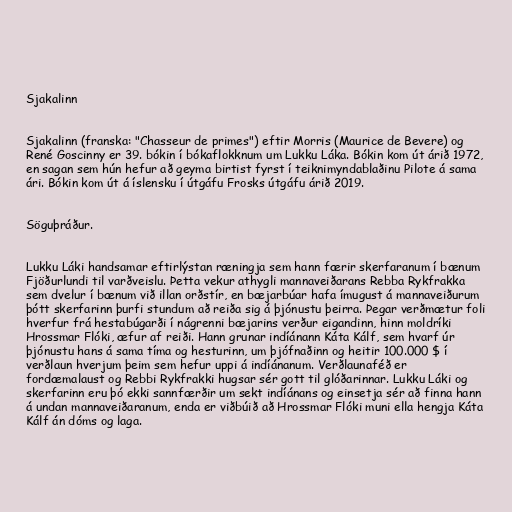
Sjakalinn

Sjakalinn (franska: "Chasseur de primes") eftir Morris (Maurice de Bevere) og
René Goscinny er 39. bókin í bókaflokknum um Lukku Láka. Bókin kom út árið 1972,
en sagan sem hún hefur að geyma birtist fyrst í teiknimyndablaðinu Pilote á sama
ári. Bókin kom út á íslensku í útgáfu Frosks útgáfu árið 2019.

Söguþráður.

Lukku Láki handsamar eftirlýstan ræningja sem hann færir skerfaranum í bænum
Fjöðurlundi til varðveislu. Þetta vekur athygli mannaveiðarans Rebba Rykfrakka
sem dvelur í bænum við illan orðstír, en bæjarbúar hafa ímugust á mannaveiðurum
þótt skerfarinn þurfi stundum að reiða sig á þjónustu þeirra. Þegar verðmætur foli
hverfur frá hestabúgarði í nágrenni bæjarins verður eigandinn, hinn moldríki
Hrossmar Flóki, æfur af reiði. Hann grunar indíánann Káta Kálf, sem hvarf úr
þjónustu hans á sama tíma og hesturinn, um þjófnaðinn og heitir 100.000 $ í
verðlaun hverjum þeim sem hefur uppi á indíánanum. Verðlaunaféð er
fordæmalaust og Rebbi Rykfrakki hugsar sér gott til glóðarinnar. Lukku Láki og
skerfarinn eru þó ekki sannfærðir um sekt indíánans og einsetja sér að finna hann
á undan mannaveiðaranum, enda er viðbúið að Hrossmar Flóki muni ella hengja Káta
Kálf án dóms og laga.